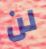
لن